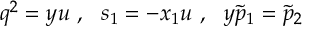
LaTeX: q ^ { 2 } = y u \ , \ \ s _ { 1 } = - x _ { 1 } u \ , \ \ y \tilde { p } _ { 1 } = \tilde { p } _ { 2 }